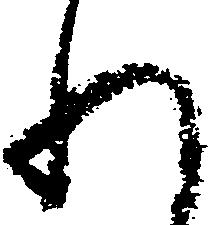
わ